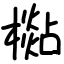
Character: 檆